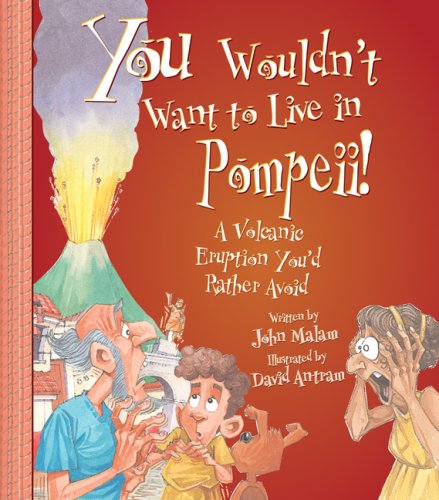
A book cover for You Wouldn't Want to Live in Pompeii! A Volcanic Eruption You'd Rather Avoid; John Malam; Children's Books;